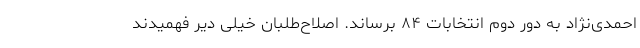
احمدی‌نژاد به دور دوم انتخابات ۸۴ برساند. اصلاح‌طلبان خیلی دیر فهمیدند